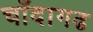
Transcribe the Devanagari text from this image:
चाँदागढ